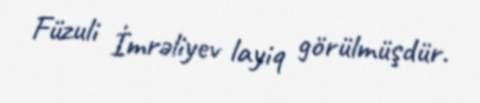
Füzuli İmrəliyev layiq görülmüşdür.